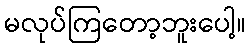
မလုပ်ကြတော့ဘူးပေါ့။